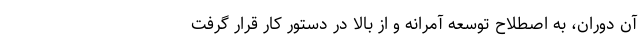
آن دوران، به اصطلاح توسعه آمرانه و از بالا در دستور کار قرار گرفت